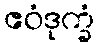
ဧဝံဒုက္ခံ